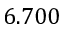
6 . 7 0 0